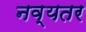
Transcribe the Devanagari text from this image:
नव्यतर